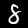
Label: 8